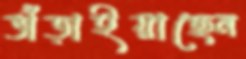
ভাঁড়াইয়াছেন